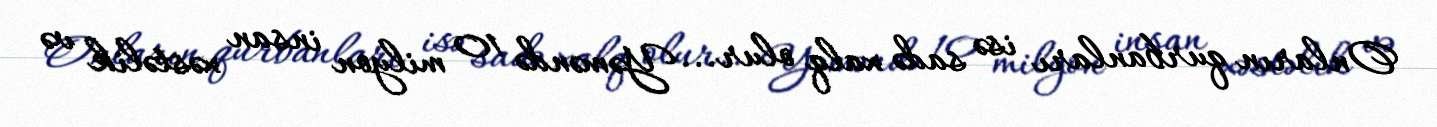
Onların qurbanları isə sadə xalq olur... Yəməndə 10 milyon insan xəstəlik və